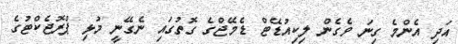
އަދި އެންމެ ގިނަ ވެގެން ލިކިއުޑޭޓް ޑެމޭޖްގެ ގޮތުގައި ނެގޭނީ މުޅި ޕްރޮޖެކްޓުގެ